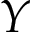
Y